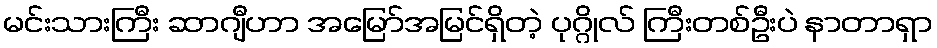
မင်းသားကြီး ဆာဂျီဟာ အမြော်အမြင်ရှိတဲ့ ပုဂ္ဂိုလ် ကြီးတစ်ဦးပဲ နာတာရှာ